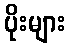
ပိုးများ